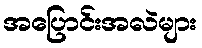
အပြောင်းအလဲများ